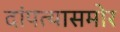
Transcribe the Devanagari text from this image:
दांपत्यासमोर